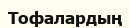
Тофалардың